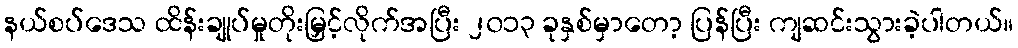
နယ်စပ်ဒေသ ထိန်းချုပ်မှုတိုးမြှင့်လိုက်အပြီး ၂၀၁၃ ခုနှစ်မှာတော့ ပြန်ပြီး ကျဆင်းသွားခဲ့ပါတယ်။